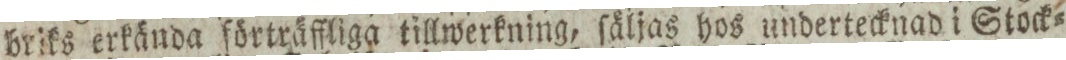
briks erkända förträffliga tillwerkning, ſäljas hos undertecknad i Stock=